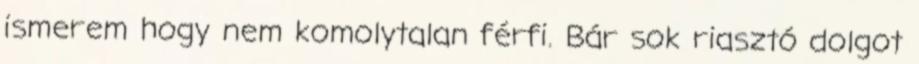
ismerem hogy nem komolytalan férfi. Bár sok riasztó dolgot